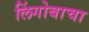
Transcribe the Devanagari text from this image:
लिंगोबाचा